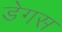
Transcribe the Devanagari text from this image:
डेगस